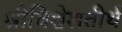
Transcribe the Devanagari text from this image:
श्रीविश्वेशतीर्थ